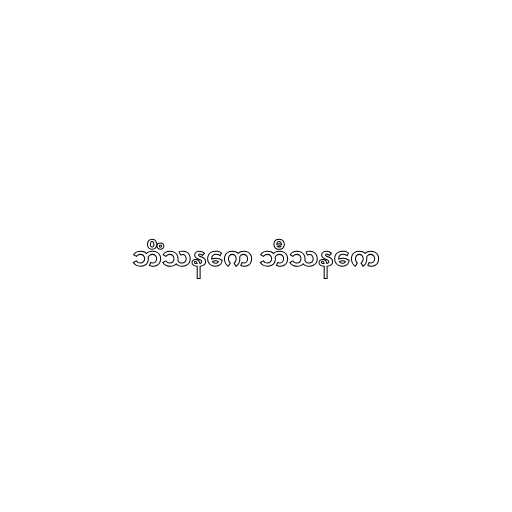
ဘိံသနကေ ဘီသနကေ